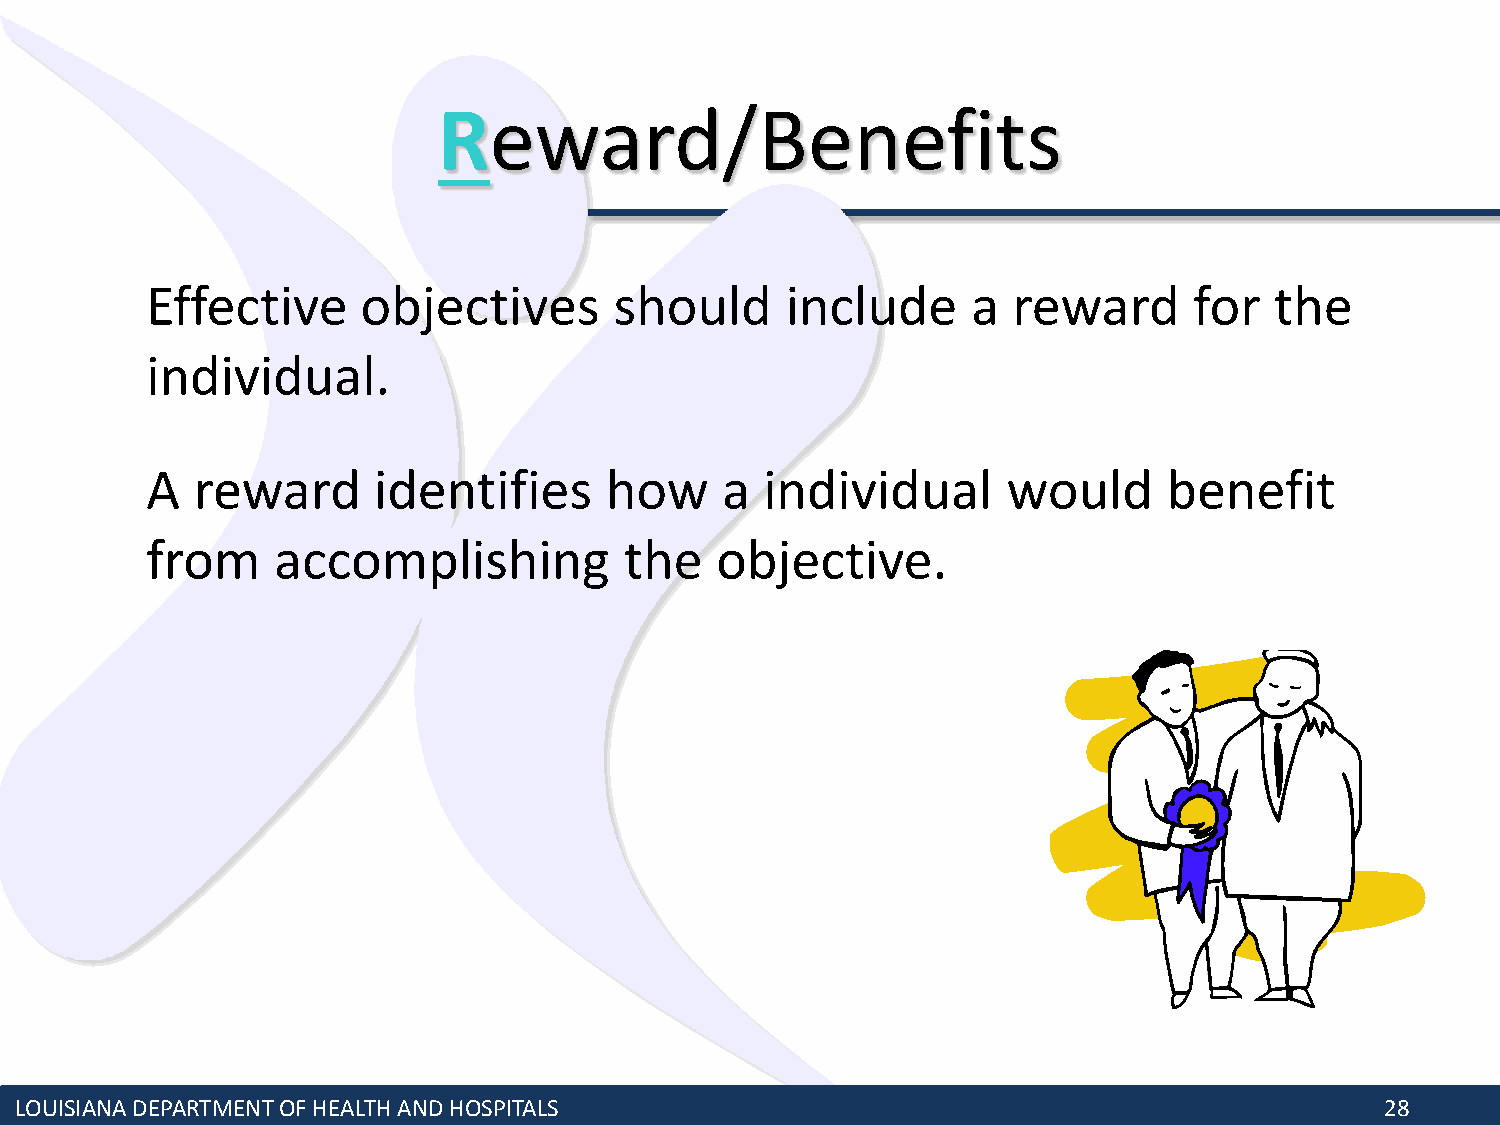
Reward/Benefits
 Effective     objectives       should     include     a  reward      for  the
 individual.
 A  reward      identifies     how     a  individual      would     benefit
 from    accomplishing          the   objective.
 LOUISIANA DEPARTMENT OF HEALTH AND HOSPITALS                                               28